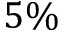
5 \%